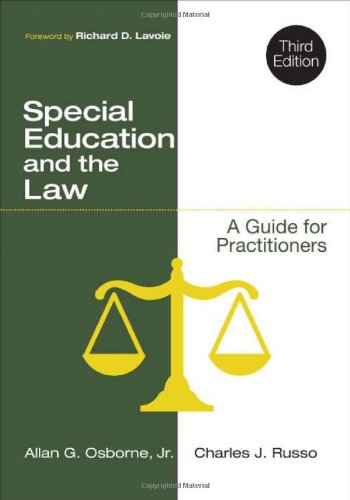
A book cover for Special Education and the Law: A Guide for Practitioners; Allan G. Osborne; Law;